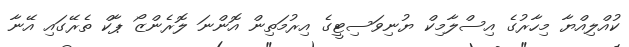
ކުއްލިއްޔާ މިހާރުގެ އިސްލާމިކް ޔުނިވަސިޓީގެ އިރުމަތިން އޮންނަ ލޮރެންޒޯ ޕާކް ތެރޭގައި އޭނާ